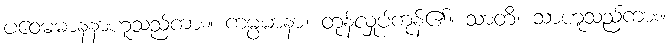
ပဝေဓမာနနာဟူသည်ကား။ ကမ္ပမာနာ၊ တုန်လှုပ်ကုန်၏။ သာတိ၊ သာဟူသည်ကား။